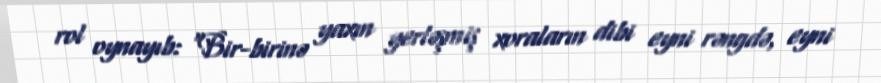
rol oynayıb: “Bir-birinə yaxın yerləşmiş xoraların dibi eyni rəngdə, eyni